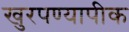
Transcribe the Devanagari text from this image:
खुरपण्यापीक